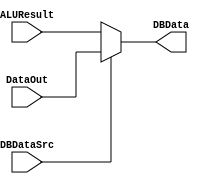
`timescale 1ns / 1ps
//////////////////////////////////////////////////////////////////////////////////
// Company: 
// Engineer: 
// 
// Design Name: 
// Module Name: DBDataSrcSelect
// Project Name: 
// Target Devices: 
// Tool Versions: 
// Description: 
// 
// Dependencies: 
// 
// Revision:
// Revision 0.01 - File Created
// Additional Comments:
// 
//////////////////////////////////////////////////////////////////////////////////


module DBDataSrcSelect(
    input [31:0]ALUResult,
    input [31:0]DataOut,
    input DBDataSrc,
    output reg[31:0]DBData
    );
    always@(DBDataSrc or ALUResult or DataOut) begin
        if(DBDataSrc==0)
            DBData<=ALUResult;
        else
            DBData<=DataOut;
    end
endmodule